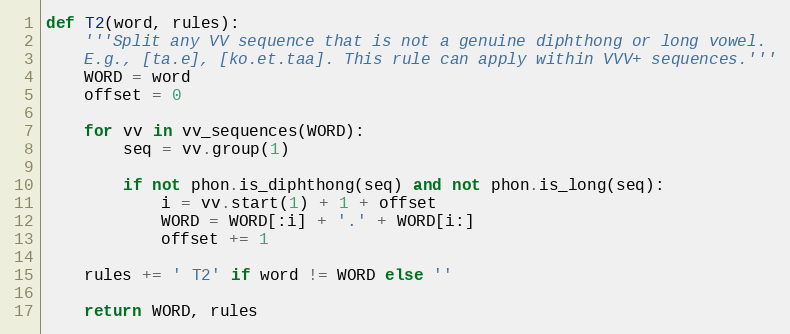
Language: Python
def T2(word, rules):
    '''Split any VV sequence that is not a genuine diphthong or long vowel.
    E.g., [ta.e], [ko.et.taa]. This rule can apply within VVV+ sequences.'''
    WORD = word
    offset = 0

    for vv in vv_sequences(WORD):
        seq = vv.group(1)

        if not phon.is_diphthong(seq) and not phon.is_long(seq):
            i = vv.start(1) + 1 + offset
            WORD = WORD[:i] + '.' + WORD[i:]
            offset += 1

    rules += ' T2' if word != WORD else ''

    return WORD, rules